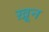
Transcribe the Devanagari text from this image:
ख़़ून